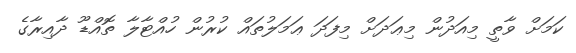
ކަމަށް ވާތީ މިއަދުން މިޢަދަށް މިފަދަ ޢަމަލުތައް ކުރުން ހުއްޓާލާ ތޮއްޑޫ ދާއިރާގެ